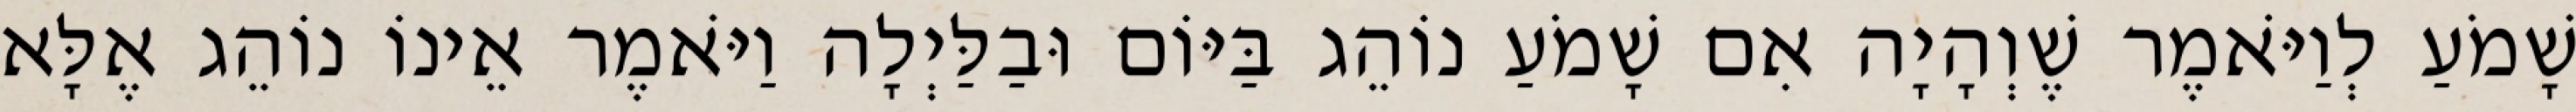
שָׁמֹעַ לְוַיֹּאמֶר שֶׁוְהָיָה אִם שָׁמֹעַ נוֹהֵג בַּיּוֹם וּבַלַּיְלָה וַיֹּאמֶר אֵינוֹ נוֹהֵג אֶלָּא